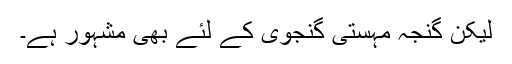
لیکن گنجہ مہستی گنجوی کے لئے بھی مشہور ہے۔